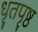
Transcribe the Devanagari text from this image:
धृतपृष्ठ